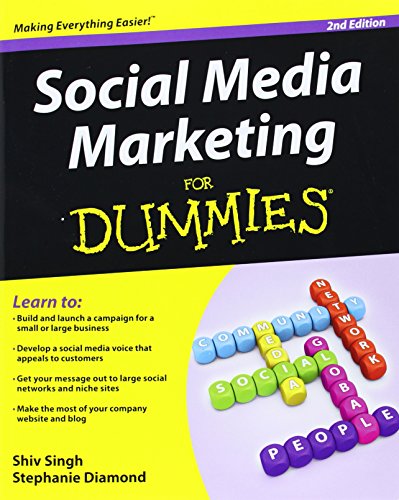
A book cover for Social Media Marketing For Dummies; Shiv Singh; Computers & Technology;